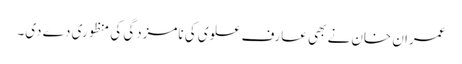
عمران خان نے بھی عارف علوی کی نامزدگی کی منظوری دے دی۔